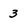
Character: 3